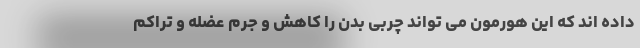
داده اند که این هورمون می تواند چربی بدن را کاهش و جرم عضله و تراکم